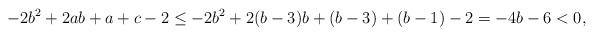
LaTeX: \begin{align*}-2b^2 + 2ab + a + c - 2 \leq -2b^2 + 2(b-3)b + (b-3) + (b-1) - 2 = -4b - 6 < 0,\end{align*}